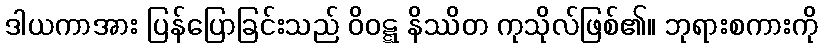
ဒါယကာအား ပြန်ပြောခြင်းသည် ဝိဝဋ္ဋ နိဿိတ ကုသိုလ်ဖြစ်၏။ ဘုရားစကားကို